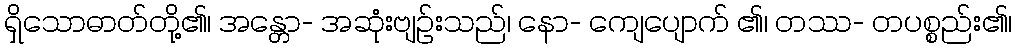
ရှိသောဓာတ်တို့၏၊ အန္တော- အဆုံးဗျဉ်းသည်၊ နော- ကျေပျောက် ၏၊ တဿ- တပစ္စည်း၏၊